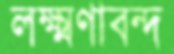
লক্ষ্মণাবন্দ